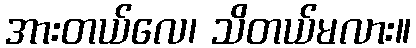
အားတယ်လေ၊ သိတယ်မလား။